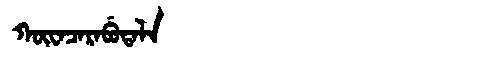
Manchu: ᡴᡡᠸᠠᠴᠠᡵᠠᠪᡠᡨᠠᠯᠠ
Romanization: KŪWACARABUTALA